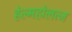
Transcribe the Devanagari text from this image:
हेल्महोलत्ज